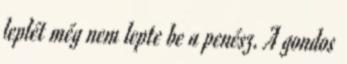
leplét még nem lepte be a penész. A gondos